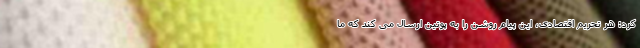
کرد: هر تحریم اقتصادی، این پیام روشن را به پوتین ارسال می کند که ما